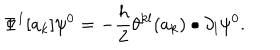
\Phi ^ { 1 } [ a _ { k } ] \psi ^ { 0 } = - \frac { h } { 2 } \theta ^ { k l } ( a _ { k } ) \bullet \partial _ { l } \psi ^ { 0 } .